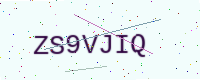
Text: ZS9VJIQ